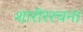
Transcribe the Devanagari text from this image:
शारीररचना